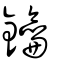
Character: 鑰